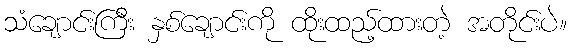
သံချောင်းကြီး နှစ်ချောင်းကို ထိုးထည့်ထားတဲ့ အတိုင်းပဲ။